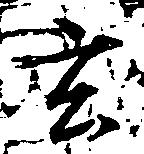
玄